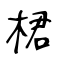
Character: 桾